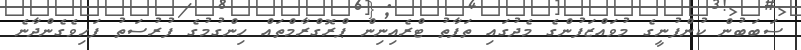
ސަބަބުން ކުންފުނީގެ މުވައްޒަފުންގެ މެދުގައި ތަފާތު ޓްރެއިނިން ޕްރޮގްރާމްތައް ހިންގުމުގެ ފުރުސަތު ފަހިވެގެންދާނެ